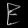
Digit: ၉